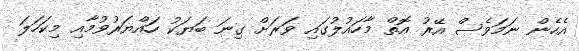
އެހެން ނަމަވެސް އޭރު އޮތް މާހައުލުގައި ވަރަށް ގިނަ ބަޔަކު ހައްޔަރުވުމާއި މިކަހަލަ